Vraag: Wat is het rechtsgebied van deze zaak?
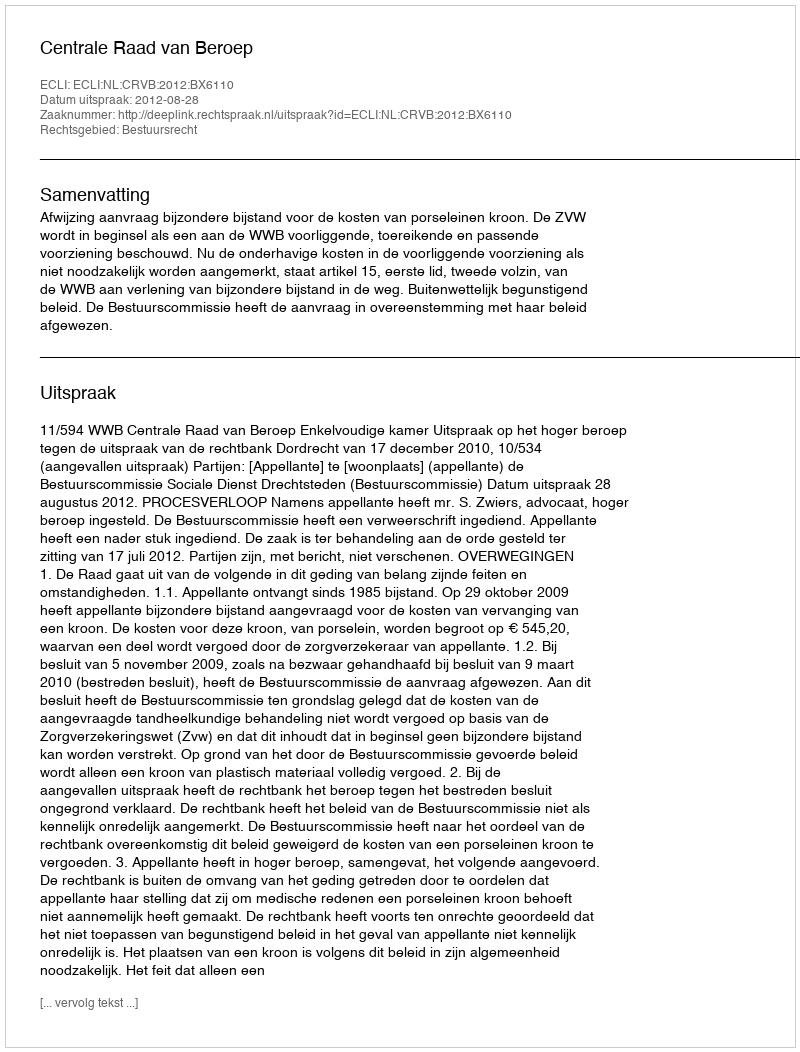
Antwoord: Bestuursrecht